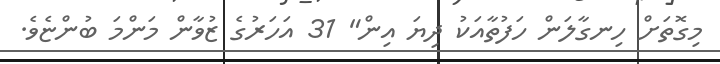
މިގޮތަށް ހިނގާލަން ހަފުތާއަކު ދިޔަ އިން" 31 އަހަރުގެ ޒުވާން މަންމަ ބުންޏެވެ.